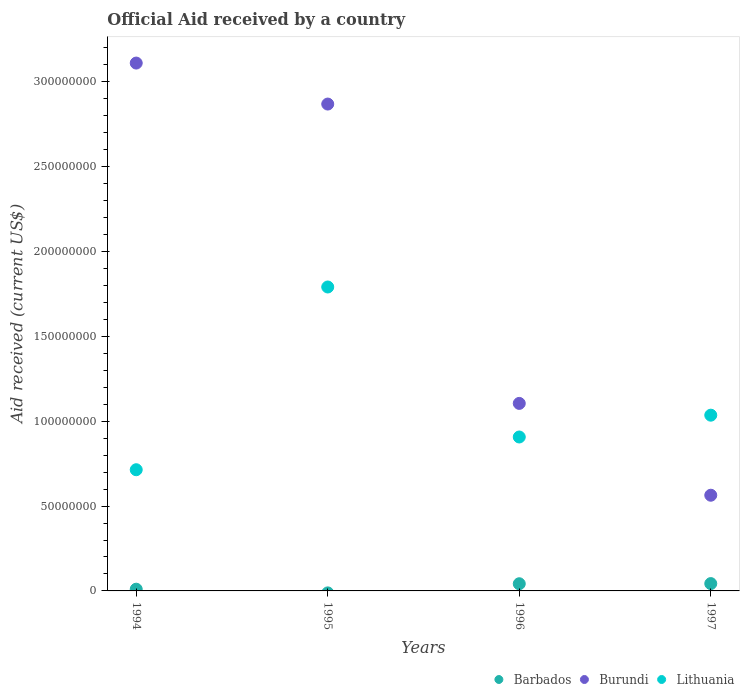
| Years | Barbados | Burundi | Lithuania |
 | --- | --- | --- | --- |
 | 1994 | 1.02e+06 | 3.11e+08 | 7.14e+07 |
 | 1995 | -1.16e+06 | 2.87e+08 | 1.79e+08 |
 | 1996 | 4.23e+06 | 1.11e+08 | 9.07e+07 |
 | 1997 | 4.32e+06 | 5.64e+07 | 1.04e+08 |